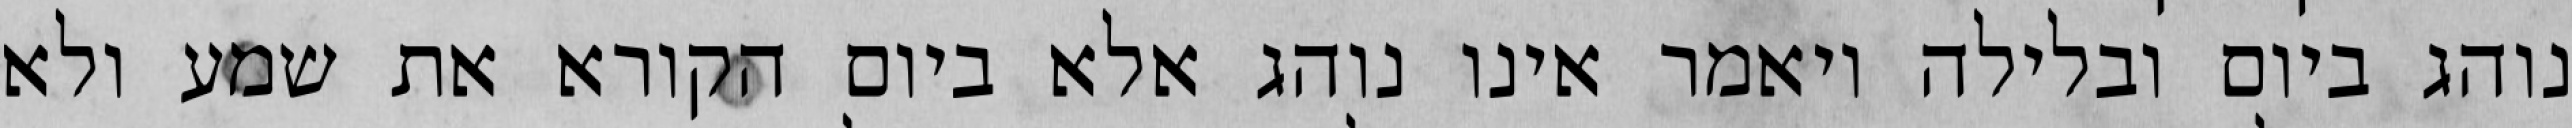
נוהג ביום ובלילה ויאמר אינו נוהג אלא ביום הקורא את שמע ולא